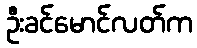
ဦးခင်မောင်လတ်က